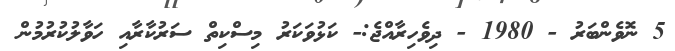
5 ނޮވެންބަރު - 1980 - ދިވެހިރާއްޖެ:- ކަޅުވަކަރު މިސްކިތް ސަރުކާރާއި ހަވާލުކުރުމުން